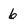
Character: 6